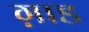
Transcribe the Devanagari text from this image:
ग़ाड